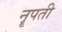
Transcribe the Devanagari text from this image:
नॄपती